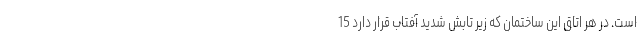
است. در هر اتاق این ساختمان‌ که زیر تابش شدید آفتاب قرار دارد 15